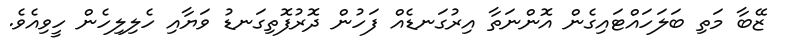
ޒޭބާ މަތި ބަލަހައްޓައިގެން އޮންނަތާ އިރުގަނޑެއް ފަހުން ދޮރުފޮތިގަނޑު ވަޔާއި ހެލިލިހެން ހީވިއެވެ.